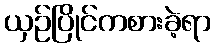
ယှဉ်ပြိုင်ကစားခဲ့ရာ